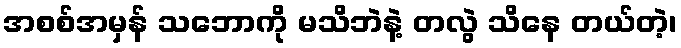
အစစ်အမှန် သဘောကို မသိဘဲနဲ့ တလွဲ သိနေ တယ်တဲ့၊